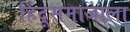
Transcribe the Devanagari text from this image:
हिंदूसमाजाला